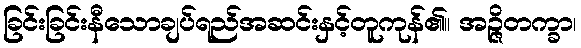
ခြင်းခြင်းနီသောချပ်ရည်အဆင်းနှင့်တူကုန်၏။ အဉ္ဇိတက္ခာ၊